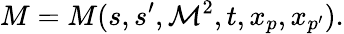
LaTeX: M=M(s,s^{\prime},{\cal M}^{2},t,x_{p},x_{p^{\prime}}).